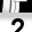
Digit: 2